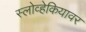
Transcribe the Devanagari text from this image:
स्लोव्हेकियावर